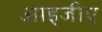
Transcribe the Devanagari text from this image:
आइजीए